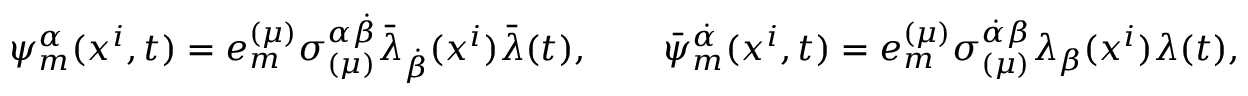
\psi _ { m } ^ { \alpha } ( x ^ { i } , t ) = e _ { m } ^ { ( \mu ) } \sigma _ { ( \mu ) } ^ { \alpha \dot { \beta } } \bar { \lambda } _ { \dot { \beta } } ( x ^ { i } ) \bar { \lambda } ( t ) , \qquad \bar { \psi } _ { m } ^ { \dot { \alpha } } ( x ^ { i } , t ) = e _ { m } ^ { ( \mu ) } \sigma _ { ( \mu ) } ^ { \dot { \alpha } \beta } \lambda _ { \beta } ( x ^ { i } ) \lambda ( t ) ,